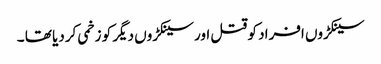
سینکڑوں افراد کو قتل اور سینکڑوں دیگر کو زخمی کردیا تھا ۔